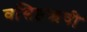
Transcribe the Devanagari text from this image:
वसिष्ठऋषी